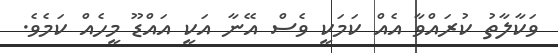
ވަކާލާތު ކުރައްވާ އެއް ކަމަކީ ވެސް އޭނާ އަކީ އައްޑޫ މީހެއް ކަމެވެ.